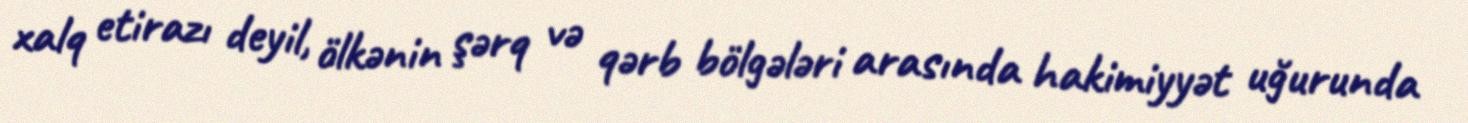
xalq etirazı deyil, ölkənin şərq və qərb bölgələri arasında hakimiyyət uğurunda